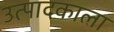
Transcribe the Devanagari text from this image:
उत्पादकाला